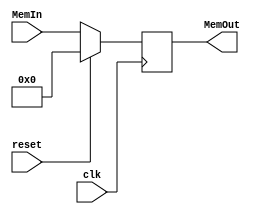
`timescale 1ns / 1ps
//////////////////////////////////////////////////////////////////////////////////
// Company: 
// Engineer: 
// 
// Design Name: 
// Module Name:    MemData_reg 
// Project Name: 
// Target Devices: 
// Tool versions: 
// Description: 
//
// Dependencies: 
//
// Revision: 
// Revision 0.01 - File Created
// Additional Comments: 
//
//////////////////////////////////////////////////////////////////////////////////
module MemData_reg(MemOut, MemIn, reset, clk);
output 	reg[31:0]	MemOut;
input 	[31:0]	MemIn;
input 				reset,clk;

always @ (posedge clk)
begin 
if (reset) MemOut <= 0;
else MemOut <= MemIn;
end

endmodule